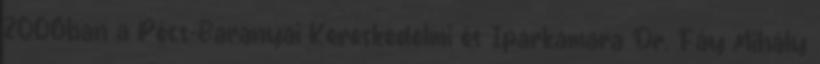
2006ban a Pécs-Baranyai Kereskedelmi és Iparkamara Dr. Fáy Mihály